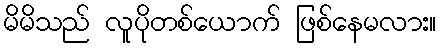
မိမိသည် လူပိုတစ်ယောက် ဖြစ်နေမလား။